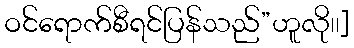
ဝင်ရောက်စီရင်ပြန်သည်”ဟူလို၊၊]